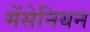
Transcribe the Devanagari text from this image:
मेंसेनियन